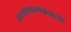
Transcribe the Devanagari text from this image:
सरसंघचालकझाले